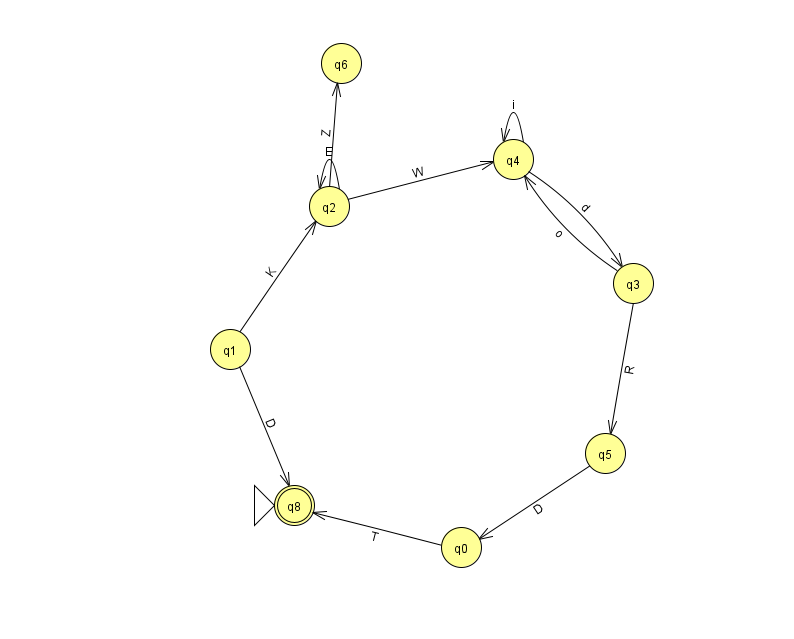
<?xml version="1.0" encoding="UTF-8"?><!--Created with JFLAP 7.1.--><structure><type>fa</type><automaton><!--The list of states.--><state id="0" name="q0"><x>461.0</x><y>534.0</y></state><state id="1" name="q1"><x>230.0</x><y>336.0</y></state><state id="2" name="q2"><x>329.0</x><y>193.0</y></state><state id="3" name="q3"><x>633.0</x><y>270.0</y></state><state id="4" name="q4"><x>513.0</x><y>146.0</y></state><state id="5" name="q5"><x>605.0</x><y>440.0</y></state><state id="6" name="q6"><x>341.0</x><y>50.0</y></state><state id="8" name="q8"><x>294.0</x><y>492.0</y><initial/><final/></state><!--The list of transitions.--><transition><from>1</from><to>8</to><read>D</read></transition><transition><from>2</from><to>4</to><read>W</read></transition><transition><from>4</from><to>3</to><read>d</read></transition><transition><from>2</from><to>6</to><read>Z</read></transition><transition><from>1</from><to>2</to><read>K</read></transition><transition><from>2</from><to>2</to><read>E</read></transition><transition><from>0</from><to>8</to><read>T</read></transition><transition><from>5</from><to>0</to><read>D</read></transition><transition><from>4</from><to>4</to><read>i</read></transition><transition><from>3</from><to>4</to><read>o</read></transition><transition><from>3</from><to>5</to><read>R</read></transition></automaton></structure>